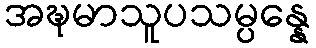
အဍ္ဎမာသူပသမ္ပန္နေ